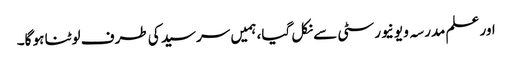
اور علم مدرسہ و یونیورسٹی سے نکل گیا، ہمیں سرسید کی طرف لوٹنا ہو گا۔